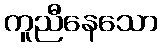
ကူညီနေသော